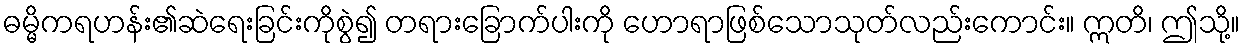
ဓမ္မိကရဟန်း၏ဆဲရေးခြင်းကိုစွဲ၍ တရားခြောက်ပါးကို ဟောရာဖြစ်သောသုတ်လည်းကောင်း။ ဣတိ၊ ဤသို့။